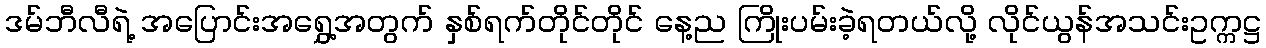
ဒမ်ဘီလီရဲ့ အပြောင်းအရွှေ့အတွက် နှစ်ရက်တိုင်တိုင် နေ့ည ကြိုးပမ်းခဲ့ရတယ်လို့ လိုင်ယွန်အသင်းဥက္ကဋ္ဌ